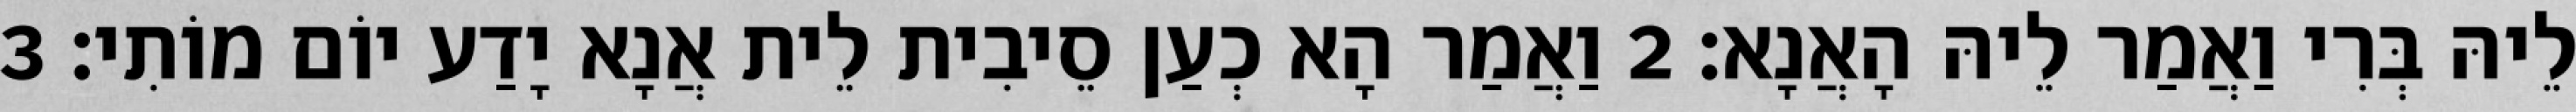
לֵיהּ בְּרִי וַאֲמַר לֵיהּ הָאֲנָא׃ 2 וַאֲמַר הָא כְעַן סֵיבִית לֵית אֲנָא יָדַע יוֹם מוֹתִי׃ 3